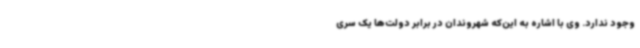
وجود ندارد. وی با اشاره به این‌که شهروندان در برابر دولت‌ها یک سری